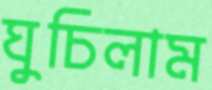
ঘুচিলাম